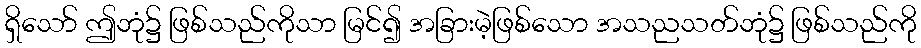
ရှိသော် ဤဘုံ၌ ဖြစ်သည်ကိုသာ မြင်၍ အခြားမဲ့ဖြစ်သော အသညသတ်ဘုံ၌ ဖြစ်သည်ကို